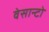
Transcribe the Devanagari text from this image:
वेसान्टो